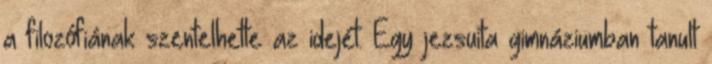
a filozófiának szentelhette az idejét. Egy jezsuita gimnáziumban tanult